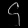
Digit: ၄